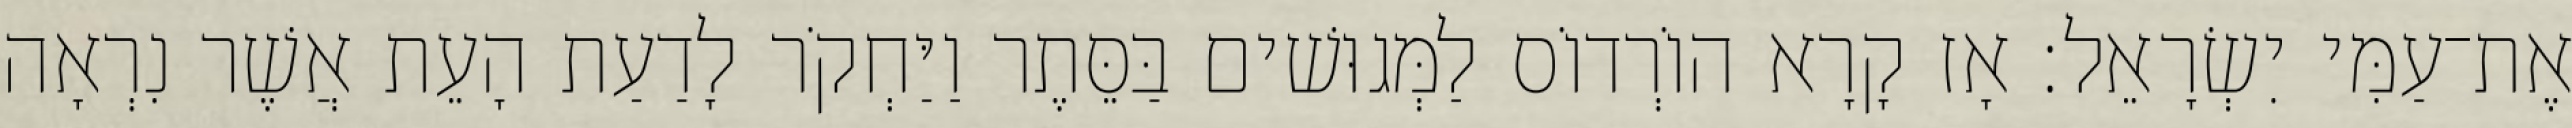
אֶת־עַמִּי יִשְׂרָאֵל׃ אָז קָרָא הוֹרְדוֹס לַמְּגוּשׁים בַּסֵּתֶר וַיַּחְקֹר לָדַעַת הָעֵת אֲשֶׁר נִרְאָה